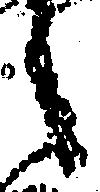
之